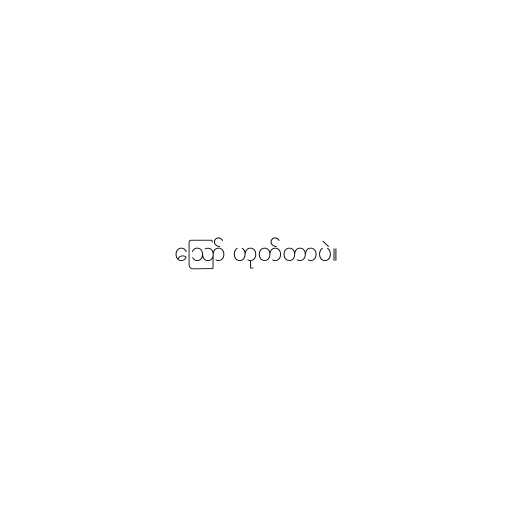
ဪ ဟုတ်တာပဲ။